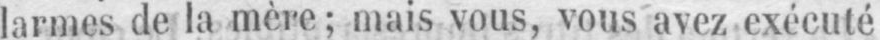
larmes de la mère; mais vous, vous avez exécuté